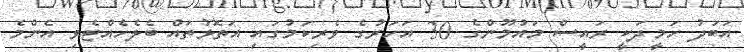
އަބަދު ހަމީދަކީ ރައީސް މައުމޫންގެ 30 އަހަރުގެ ވެރިކަމުގައި އަތޮޅުތައް ބެލެހެއްޓެވި އެންމެ